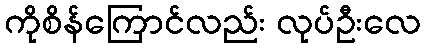
ကိုစိန်ကြောင်လည်း လုပ်ဦးလေ